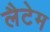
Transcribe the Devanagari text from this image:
लैटेम